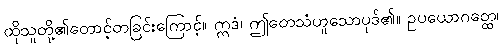
ထိုသူတို့၏တောင့်တခြင်းကြောင့်။ ဣဒံ၊ ဤတေသံဟူသောပုဒ်၏။ ဥပယောဂတ္ထေ၊